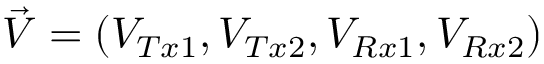
\vec { V } = ( V _ { T x 1 } , V _ { T x 2 } , V _ { R x 1 } , V _ { R x 2 } )